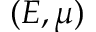
( E , \mu )